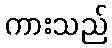
ကားသည်